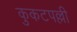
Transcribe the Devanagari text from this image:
कुकटपल्ली